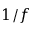
1 / f